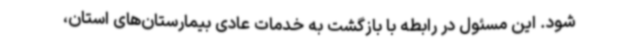
شود. این مسئول در رابطه با بازگشت به خدمات عادی بیمارستان‌های استان،